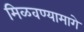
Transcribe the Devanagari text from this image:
मिळवण्यामागे